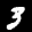
Label: 3